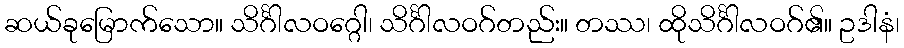
ဆယ်ခုမြောက်သော။ သိင်္ဂါလဝဂ္ဂေါ၊ သိင်္ဂါလဝဂ်တည်း။ တဿ၊ ထိုသိင်္ဂါလဝဂ်၏။ ဥဒါနံ၊